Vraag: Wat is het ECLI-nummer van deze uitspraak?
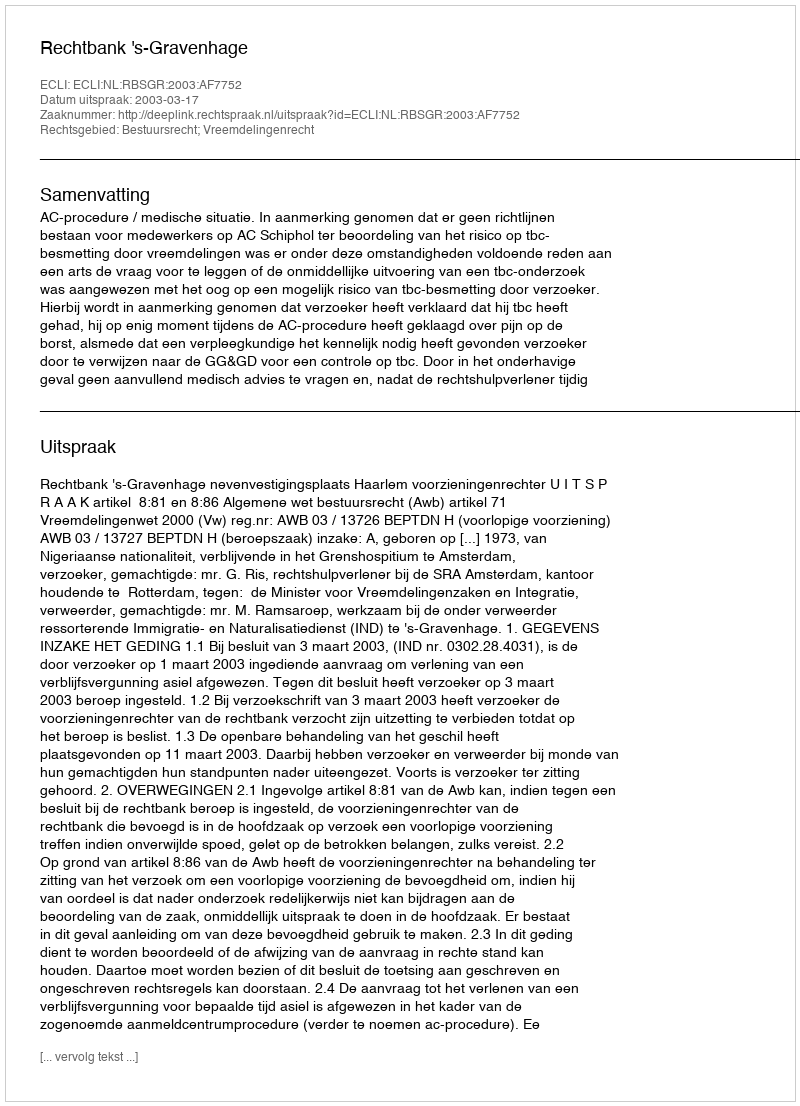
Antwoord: ECLI:NL:RBSGR:2003:AF7752